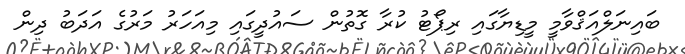
ބައިނަލްއަޤްވާމީ މީޑިޔާގައި ރިޕޯޓު ކުރާ ގޮތުން ސައުދީގައި މިއަހަރު މަރުގެ އަދަބު ދިން